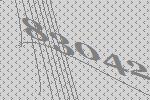
83042